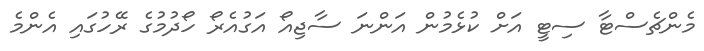
މެންޗެސްޓާ ސިޓީ އަށް ކުޅެމުން އަންނަ ސާޖިއޯ އަގުއެރޯ ހޯދުމުގެ ރޭހުގައި އެންމެ